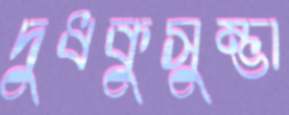
দুধকুসুম্ভা